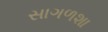
સાગળશા